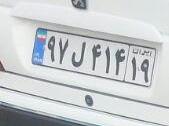
۹۷ل۴۱۴۱۹